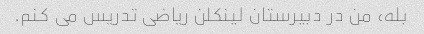
بله، من در دبیرستان لینکلن ریاضی تدریس می کنم.